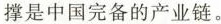
撑是中国完备的产业链。